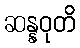
ဆန္နဝုတိ